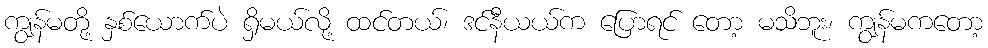
ကျွန်မတို့ နှစ်ယောက်ပဲ ရှိမယ်လို့ ထင်တယ်၊ ဒင်နီယယ်က ပြောရင် တော့ မသိဘူး၊ ကျွန်မကတော့